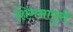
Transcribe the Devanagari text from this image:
शिंगनापुरी